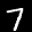
Label: 7